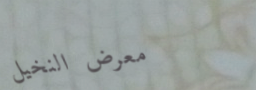
معرض النخيل